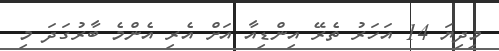
މިދިޔަ 14 އަހަރު ތެރޭ އިންޑިއާ އަށް އެރި އެންމެ ބާރުގަދަ މި